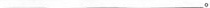
___。